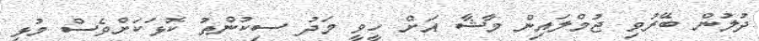
ދުލުން ބޭރުވި ޖުމްލައިން މާޝާ އަށް ހީވީ މަދު ސިކުންތު ކޮޅަކަށްވެސް މުޅި